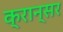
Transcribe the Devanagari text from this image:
क्रान्सर